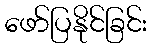
ဖော်ပြနိုင်ခြင်း